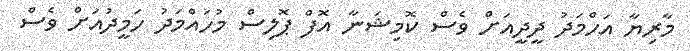
މާރިޔާ އަހްމަދު ދީދީއަށް ވެސް ކޮމިޝަނާ އޮފް ޕޮލިސް މުހައްމަދު ހަމީދުއަށް ވެސް